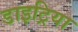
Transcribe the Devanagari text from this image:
डाइट्रिया